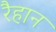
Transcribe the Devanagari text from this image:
रैहान